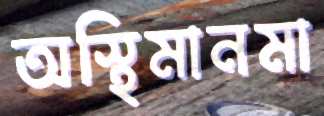
অস্থিমানমা